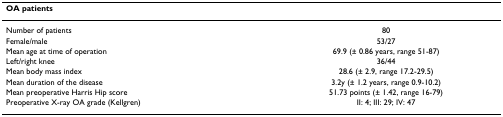
| OA patients |  |
 | --- | --- |
 | Number of patients | 80 |
 | Female/male | 53/27 |
 | Mean age at time of operation | 69.9 (± 0.86 years, range 51-87) |
 | Left/right knee | 36/44 |
 | Mean body mass index | 28.6 (± 2.9, range 17.2-29.5) |
 | Mean duration of the disease | 3.2y (± 1.2 years, range 0.9-10.2) |
 | Mean preoperative Harris Hip score | 51.73 points (± 1.42, range 16-79) |
 | Preoperative X-ray OA grade (Kellgren) | II: 4; III: 29; IV: 47 |